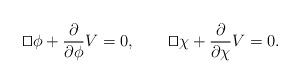
LaTeX: \begin{align*} {\sqcup\!\! \!\!\sqcap}\phi+\frac{\partial }{\partial \phi}V=0, \qquad{\sqcup\!\! \!\!\sqcap}\chi +\frac{\partial }{\partial \chi}V=0.\end{align*}